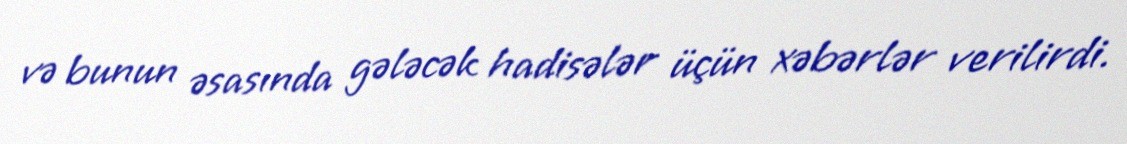
və bunun əsasında gələcək hadisələr üçün xəbərlər verilirdi.